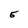
Character: E